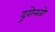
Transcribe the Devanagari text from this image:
दुरोनतो